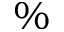
\%